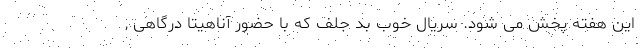
این هفته پخش می شود. سریال خوب بد جلف که با حضور آناهیتا درگاهی ,